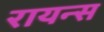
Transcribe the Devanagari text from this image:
रायन्स